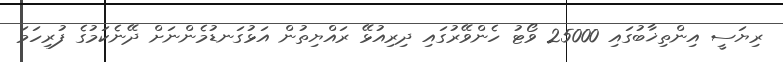
ރިޔަސީ އިންތިޚާބުގައި 25000 ވޯޓު ހެންވޭރުގައި ދިރިއުޅޭ ރައްޔިތުން އަޅުގަނޑުމެންނަށް ދޭނެކަމުގެ ފުރިހަމަ